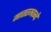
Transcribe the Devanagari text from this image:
मातरम्वन्दे